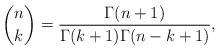
LaTeX: \begin{align*} \binom{n}{k}=\frac{\Gamma(n+1)}{\Gamma(k+1)\Gamma(n-k+1)}, \end{align*}